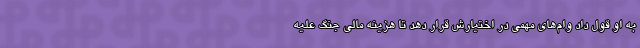
به او قول داد وام‌های مهمی در اختیارش قرار دهد تا هزینه مالی جنگ علیه